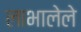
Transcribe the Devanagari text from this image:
लाभालेले